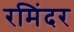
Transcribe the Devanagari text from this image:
रमिंदर